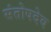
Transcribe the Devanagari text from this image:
संतोषदेव